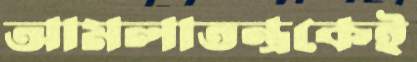
আমলাতন্ত্রকেই